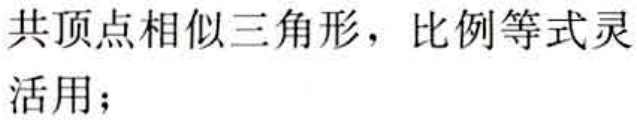
共顶点相似三角形，比例等式灵活用；